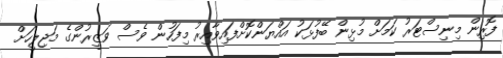
ފޮރިން މިނިސްޓަރު ކަމަށް މުޅިން ބޭފުޅަކު އައްޔަންކޮށްފައިވާއިރު މިފަހުން ވެސް ވަޒީރުންގެ މަޖިލީހަށް